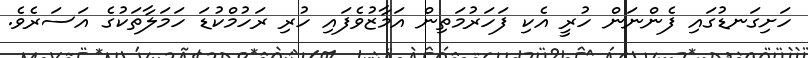
ހަށިގަނޑުގައި ފެންނަން ހުރީ އެކި ފަހަރުމަތިން އަމާޒުވެފައި ހުރި ރަހުމްކުޑަ ހަމަލާތަކުގެ އަސަރެވެ.